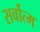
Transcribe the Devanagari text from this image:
सर्वोत्‍म